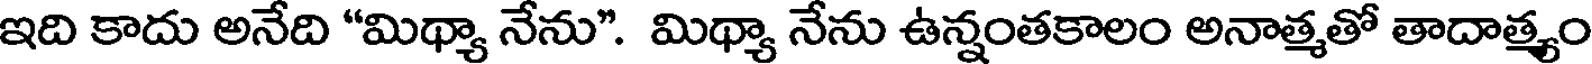
ఇది కాదు అనేది "మిథ్యా నేను". మిథ్యా నేను ఉన్నంతకాలం అనాత్మతో తాదాత్యం